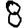
Digit: 8